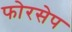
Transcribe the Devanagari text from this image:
फोरसेप